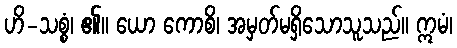
ဟိ-သစ္စံ၊ ၏။ ယော ကောစိ၊ အမှတ်မရှိသောသူသည်။ ဣမံ၊